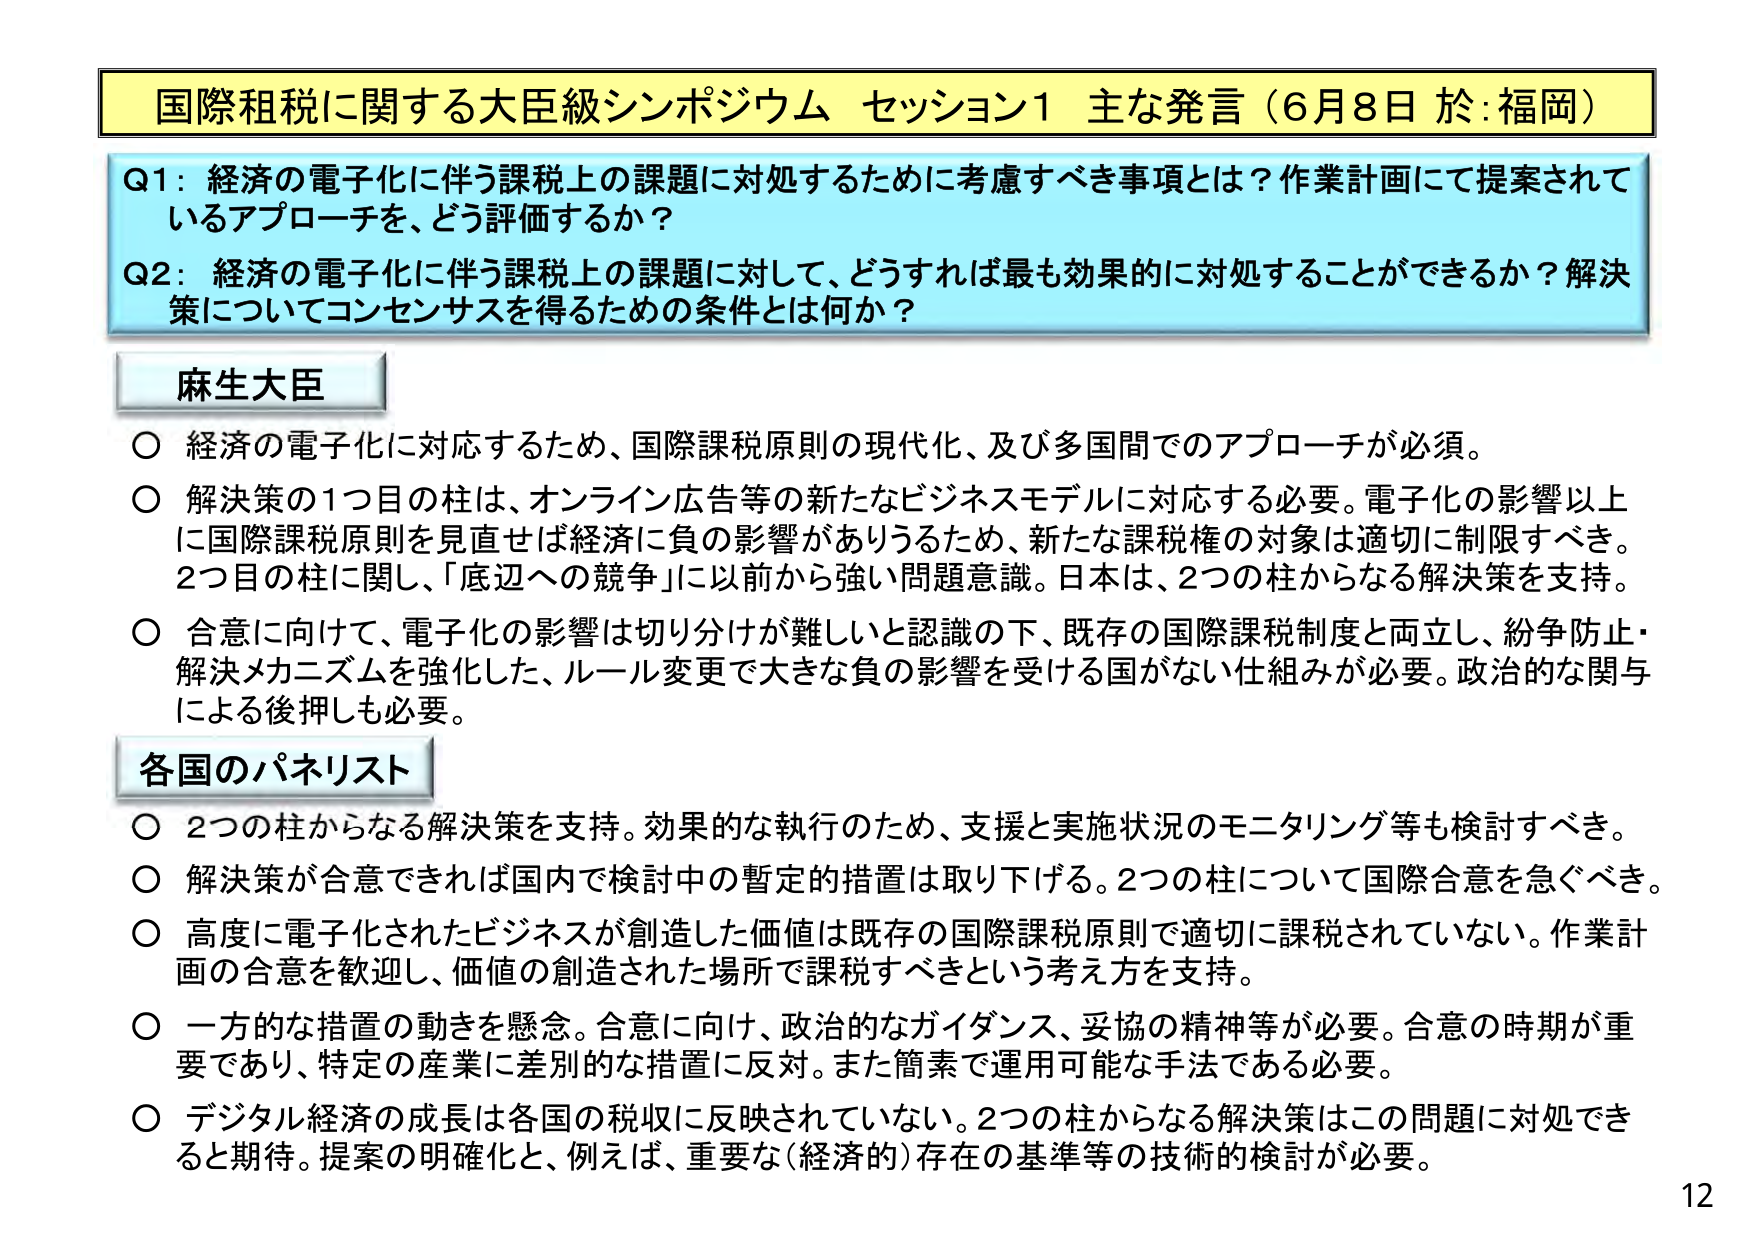
国際租税に関する大臣級シンポジウム セッション1 主な発言（6月8日 於：福岡）

Q1：経済の電子化に伴う課税上の課題に対処するために考慮すべき事項とは？作業計画にて提案されているアプローチを、どう評価するか？

Q2：経済の電子化に伴う課税上の課題に対して、どうすれば最も効果的に対処することができるか？解決策についてコンセンサスを得るための条件とは何か？

麻生大臣

○ 経済の電子化に対応するため、国際課税原則の現代化、及び多国間でのアプローチが必須。

○ 解決策の1つ目の柱は、オンライン広告等の新たなビジネスモデルに対応する必要。電子化の影響以上に国際課税原則を見直せば経済に負の影響がありうるため、新たな課税権の対象は適切に制限すべき。2つ目の柱に関し、「底辺への競争」に以前から強い問題意識。日本は、2つの柱からなる解決策を支持。

○ 合意に向けて、電子化の影響は切り分けが難しいと認識の下、既存の国際課税制度と両立し、紛争防止・解決メカニズムを強化した、ルール変更で大きな負の影響を受ける国がない仕組みが必要。政治的な関与による後押しも必要。

各国のパネリスト

○ 2つの柱からなる解決策を支持。効果的な執行のため、支援と実施状況のモニタリング等も検討すべき。

○ 解決策が合意できれば国内で検討中の暫定的措置は取り下げる。2つの柱について国際合意を急ぐべき。

○ 高度に電子化されたビジネスが創造した価値は既存の国際課税原則で適切に課税されていない。作業計画の合意を歓迎し、価値の創造された場所で課税すべきという考え方を支持。

○ 一方的な措置の動きを懸念。合意に向け、政治的なガイダンス、妥協の精神等が必要。合意の時期が重要であり、特定の産業に差別的な措置に反対。また簡素で運用可能な手法である必要。

○ デジタル経済の成長は各国の税収に反映されていない。2つの柱からなる解決策はこの問題に対処できると期待。提案の明確化と、例えば、重要な（経済的）存在の基準等の技術的検討が必要。

12